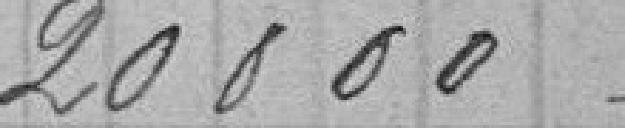
20000